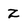
Character: Z